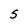
Character: S